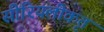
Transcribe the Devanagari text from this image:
सीरियलीकृत